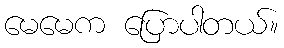
မေမေက ပြောပါတယ်။